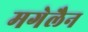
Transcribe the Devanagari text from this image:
मगेलैन